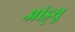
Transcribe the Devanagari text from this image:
आंड्र्यू